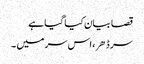
قصا بیان کیا گیا ہے
سر ڈهر، اس سر میں ۔